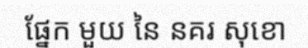
ផ្នែក មួយ នៃ នគរ សុខោ